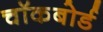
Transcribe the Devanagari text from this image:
चॉकबोर्ड